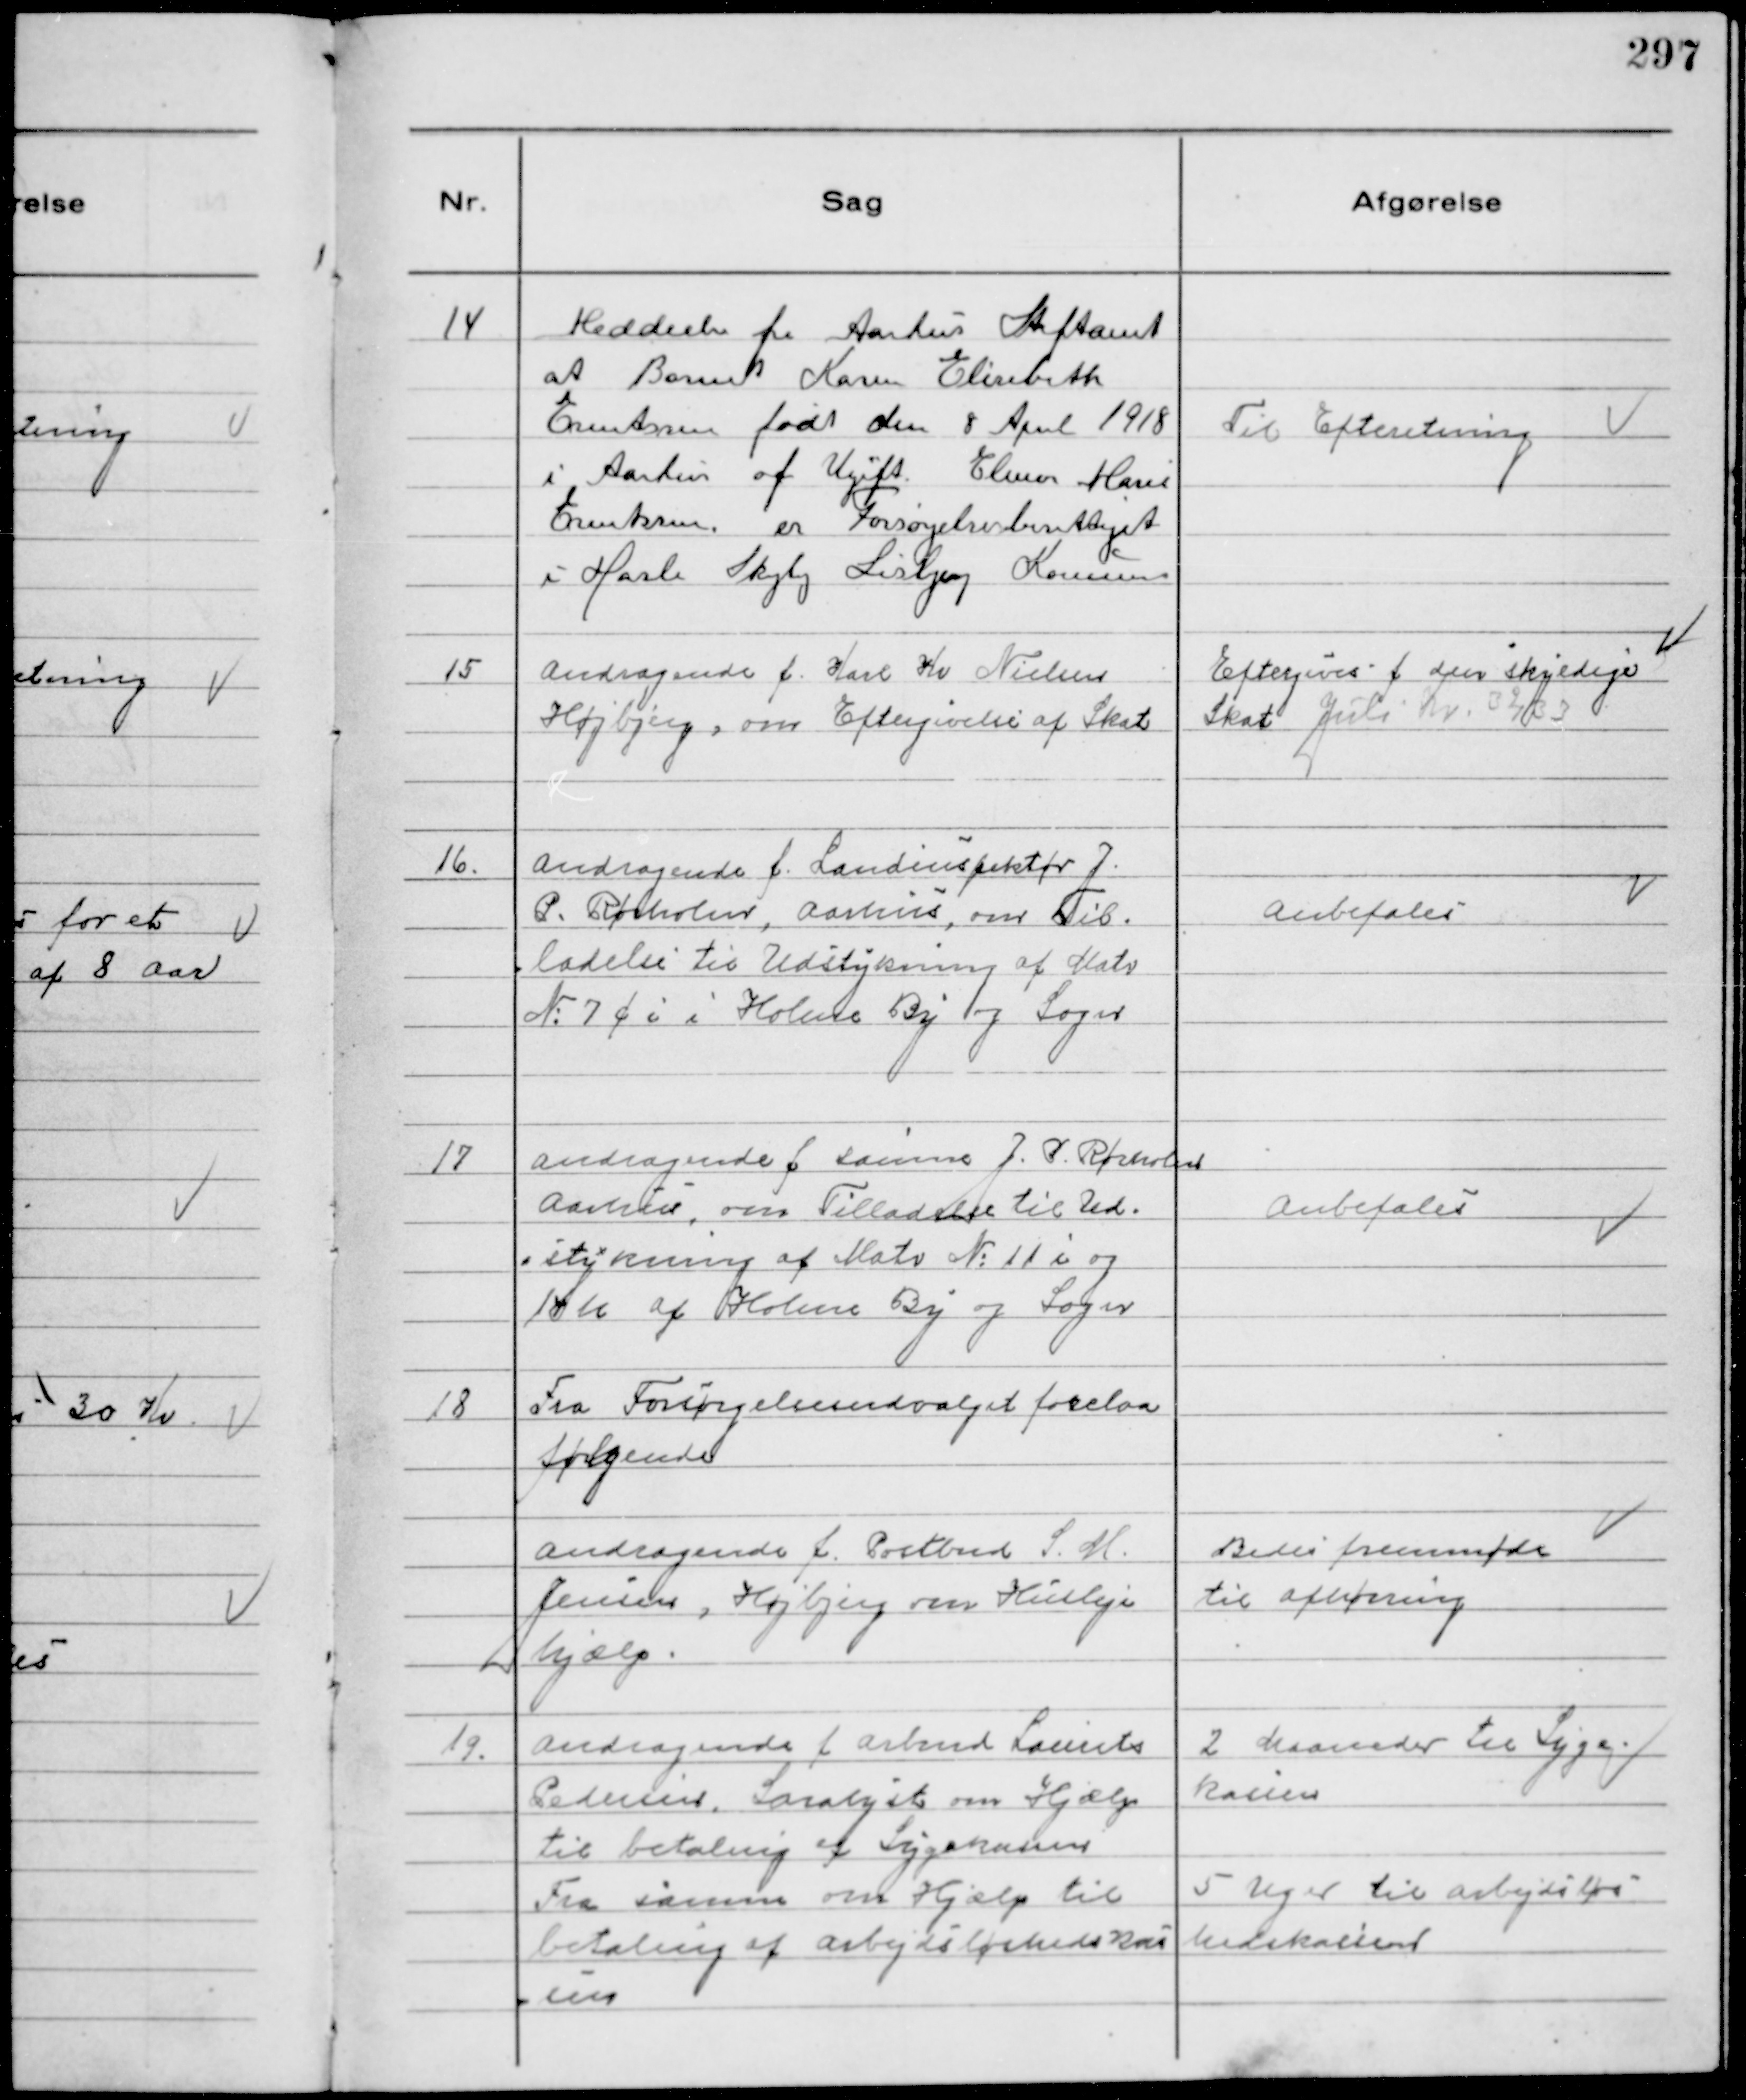
Transskription:
14
Meddeelse fra Aarhus Stiftamt
at Barnet Karen Elisabeth
Ernstsen født den 8 April 1918
i Aarhus af Ugift Elinor Marie
Ernstsen er Forsørgelsesberettiget
i Hasle Skejby Lisbjerg Kommune

Til Efteretning

15
Andragende f. Karl Kr Nielsen
Højbjerg, om Eftergivelse af Skat

Eftergives f den skyldige
Skat Juli Kv. 32/33

16.
Andragende f. Landinspektør J.
P. Rørholm, Aarhus, om Til-
ladelse til Udstykning af Matr
№7 c i i Holme By og Sogn

Anbefales

17
Andragende f. samme J.P. Rørholm
Aarhus, om Tilladelse til Ud-
stykning af Matr №11 i og
14 k af Holme By og Sogn

Anbefales

18
Fra Forsørgelsesudvalget forelaa
følgende
Andragende f. Postbud S. M.
Jensen, Højbjerg om Husleje
hjælp.

Bedes fremmøde
til afhøring

19.
Andragende f. Arbmd Laurits
Pedersen, Saralyst om Hjælp
til betaling af Sygekassen
Fra samme om Hjælp til
betaling af Arbejdsløshedskas
sen

2 Maaneder til Syge-
kassen
5 Uger til Arbejdsløs
hedskassen